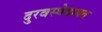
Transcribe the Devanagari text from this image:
दुरवस्थेबाबत